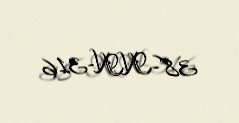
38-NN-316